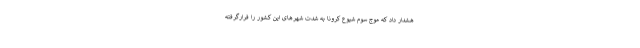
هشدار داد که موج سوم شیوع کرونا به شدت شهرهای این کشور را فرارگرفته